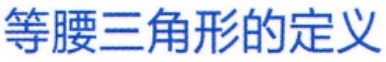
等腰三角形的定义